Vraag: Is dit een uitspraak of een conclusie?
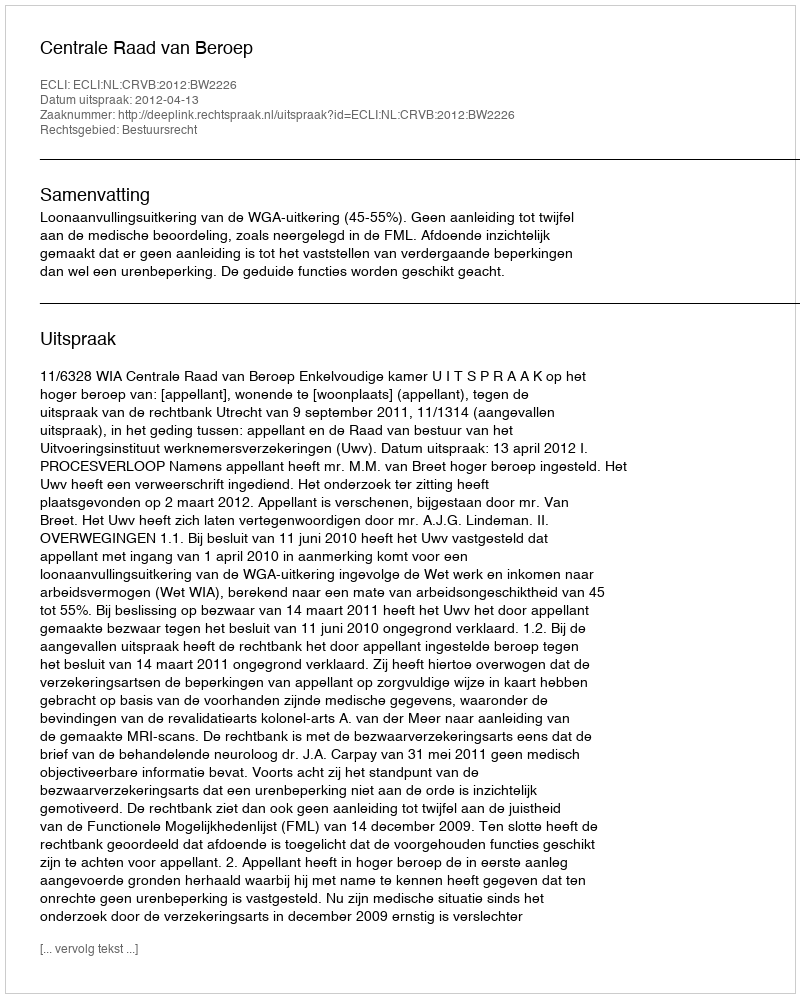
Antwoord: Uitspraak